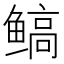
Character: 𱈋